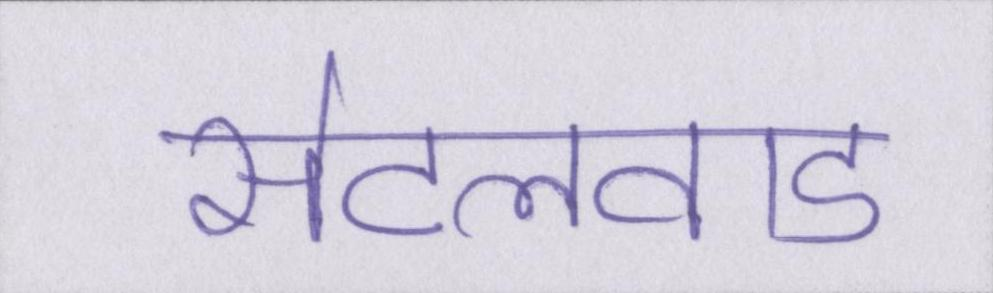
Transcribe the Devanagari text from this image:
सेटलवाड